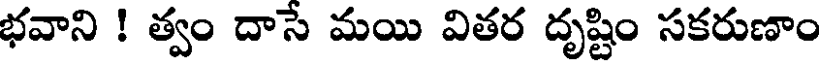
భవాని ! త్వం దాసే మయి వితర దృష్టిం సకరుణాం